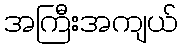
အကြီးအကျယ်